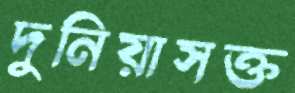
দুনিয়াসক্ত